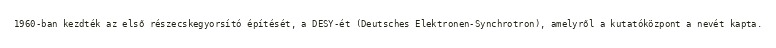
1960-ban kezdték az első részecskegyorsító építését, a DESY-ét (Deutsches Elektronen-Synchrotron), amelyről a kutatóközpont a nevét kapta.